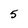
Character: 5